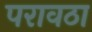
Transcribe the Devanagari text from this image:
परावठा